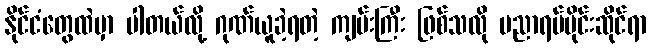
နိုင်ငံတွေထဲမှာ ပါတယ်လို့ ဂုဏ်ယူခဲ့ရတဲ့ ကျမ်းကြီး ဖြစ်သလို ပညာရပ်ပိုင်းဆိုင်ရာ